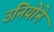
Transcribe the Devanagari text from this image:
उनियोने